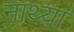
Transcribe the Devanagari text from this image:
नाथ्या